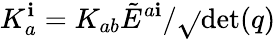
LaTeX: K_{a}^{\mathbf{i}}=K_{ab}{\tilde{{E}}}^{a\mathbf{i}}/{\sqrt{}{{\operatorname*{det}(q)}}}